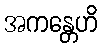
အကန္တေဟိ